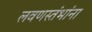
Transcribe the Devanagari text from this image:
लवणस्तंभांना